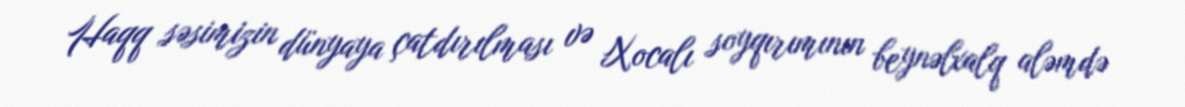
Haqq səsimizin dünyaya çatdırılması və Xocalı soyqırımının beynəlxalq aləmdə